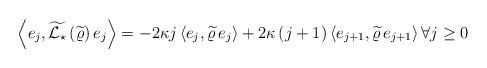
LaTeX: \begin{align*}\left\langle e_j , \widetilde{ \mathcal{L}_{\star} } \left( \widetilde{ \varrho } \right) e_j \right\rangle=- 2 \kappa j \left\langle e_{j} , \widetilde{ \varrho } \, e_{j} \right\rangle+ 2 \kappa \left(j+1\right) \left\langle e_{j+1} , \widetilde{ \varrho } \, e_{j+1} \right\rangle \forall j \geq 0\end{align*}